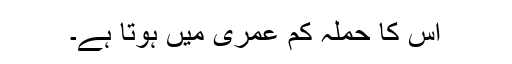
اس کا حملہ کم عمری میں ہوتا ہے۔